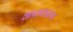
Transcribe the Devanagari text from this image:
अप्राशस्त्य